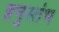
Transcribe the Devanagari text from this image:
हनुस्तंभ